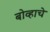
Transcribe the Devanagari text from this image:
बोव्हाचे